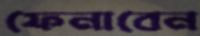
ফেনাবেন